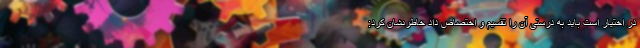
در اختیار است باید به درستی آن را تقسیم و اختصاص داد خاطرنشان کرد: